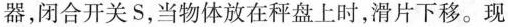
器，闭合开关S，当物体放在秤盘上时，滑片下移。现